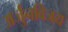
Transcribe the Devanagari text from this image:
अर्जुनविजय